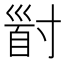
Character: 𡬹